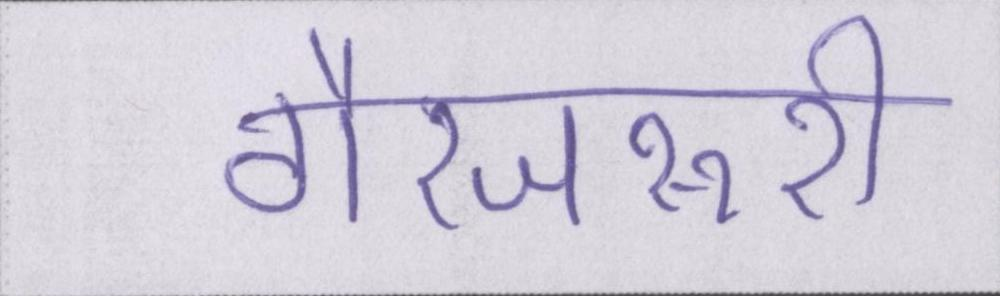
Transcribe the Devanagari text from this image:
गैरजरूरी